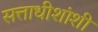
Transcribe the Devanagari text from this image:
सत्ताधीशांशी